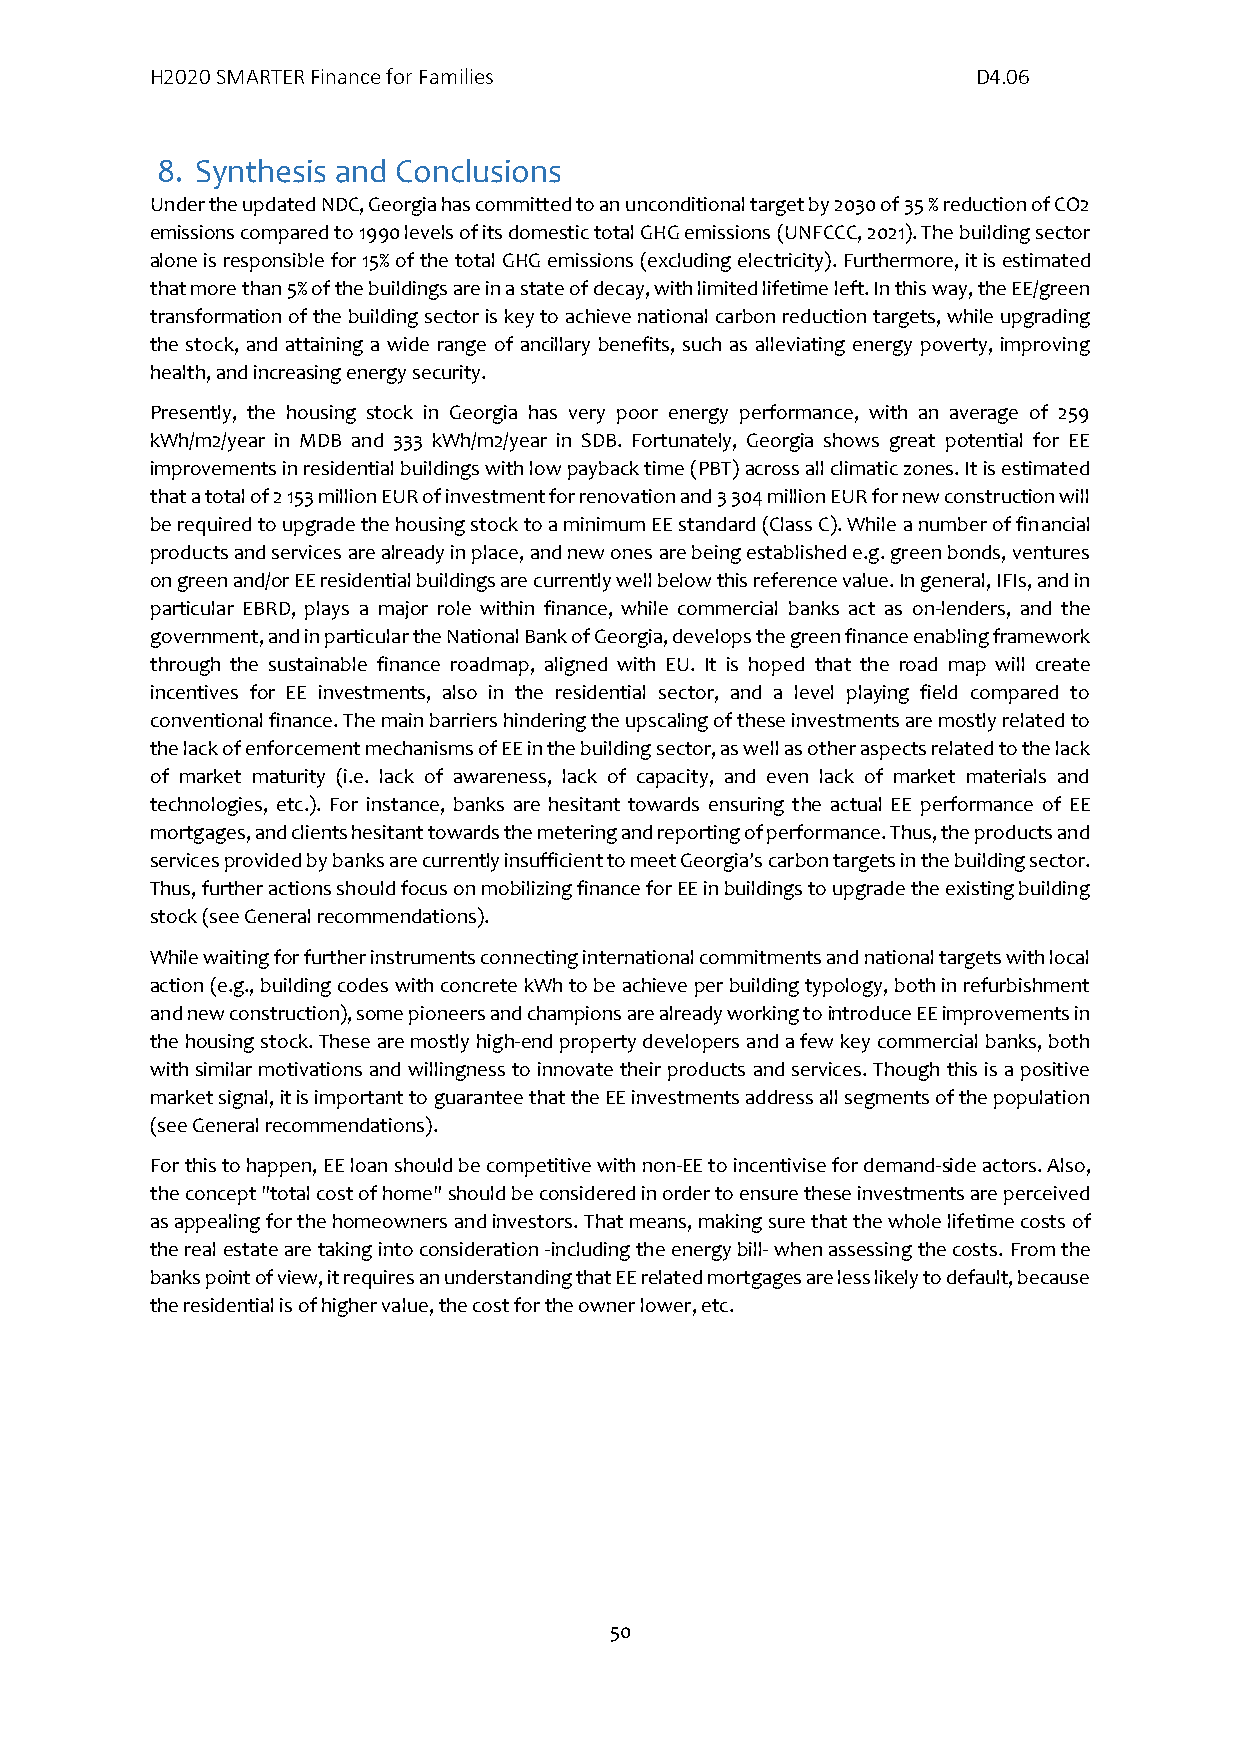
H2020 SMARTER Finance for Families                     D4.06
 8. Synthesis and Conclusions
 Under the updated NDC, Georgia has committed to an unconditional target by 2030 of 35 % reduction of CO2
 emissions compared to 1990 levels of its domestic total GHG emissions (UNFCCC, 2021). The building sector
 alone is responsible for 15% of the total GHG emissions (excluding electricity). Furthermore, it is estimated
 that more than 5% of the buildings are in a state of decay, with limited lifetime left. In this way, the EE/green
 transformation of the building sector is key to achieve national carbon reduction targets, while upgrading
 the stock, and attaining a wide range of ancillary benefits, such as alleviating energy poverty, improving
 health, and increasing energy security.
 Presently, the housing stock in Georgia has very poor energy performance, with an average of 259
 kWh/m2/year in MDB and 333 kWh/m2/year in SDB. Fortunately, Georgia shows great potential for EE
 improvements in residential buildings with low payback time (PBT) across all climatic zones. It is estimated
 that a total of 2 153 million EUR of investment for renovation and 3 304 million EUR for new construction will
 be required to upgrade the housing stock to a minimum EE standard (Class C). While a number of financial
 products and services are already in place, and new ones are being established e.g. green bonds, ventures
 on green and/or EE residential buildings are currently well below this reference value. In general, IFIs, and in
 particular EBRD, plays a major role within finance, while commercial banks act as on-lenders, and the
 government, and in particular the National Bank of Georgia, develops the green finance enabling framework
 through the sustainable finance roadmap, aligned with EU. It is hoped that the road map will create
 incentives for EE investments, also in the residential sector, and a level playing field compared to
 conventional finance. The main barriers hindering the upscaling of these investments are mostly related to
 the lack of enforcement mechanisms of EE in the building sector, as well as other aspects related to the lack
 of market maturity (i.e. lack of awareness, lack of capacity, and even lack of market materials and
 technologies, etc.). For instance, banks are hesitant towards ensuring the actual EE performance of EE
 mortgages, and clients hesitant towards the metering and reporting of performance. Thus, the products and
 services provided by banks are currently insufficient to meet Georgia’s carbon targets in the building sector.
 Thus, further actions should focus on mobilizing finance for EE in buildings to upgrade the existing building
 stock (see General recommendations).
 While waiting for further instruments connecting international commitments and national targets with local
 action (e.g., building codes with concrete kWh to be achieve per building typology, both in refurbishment
 and new construction), some pioneers and champions are already working to introduce EE improvements in
 the housing stock. These are mostly high-end property developers and a few key commercial banks, both
 with similar motivations and willingness to innovate their products and services. Though this is a positive
 market signal, it is important to guarantee that the EE investments address all segments of the population
 (see General recommendations).
 For this to happen, EE loan should be competitive with non-EE to incentivise for demand-side actors. Also,
 the concept "total cost of home" should be considered in order to ensure these investments are perceived
 as appealing for the homeowners and investors. That means, making sure that the whole lifetime costs of
 the real estate are taking into consideration -including the energy bill- when assessing the costs. From the
 banks point of view, it requires an understanding that EE related mortgages are less likely to default, because
 the residential is of higher value, the cost for the owner lower, etc.
 50